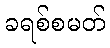
ခရစ်စမတ်